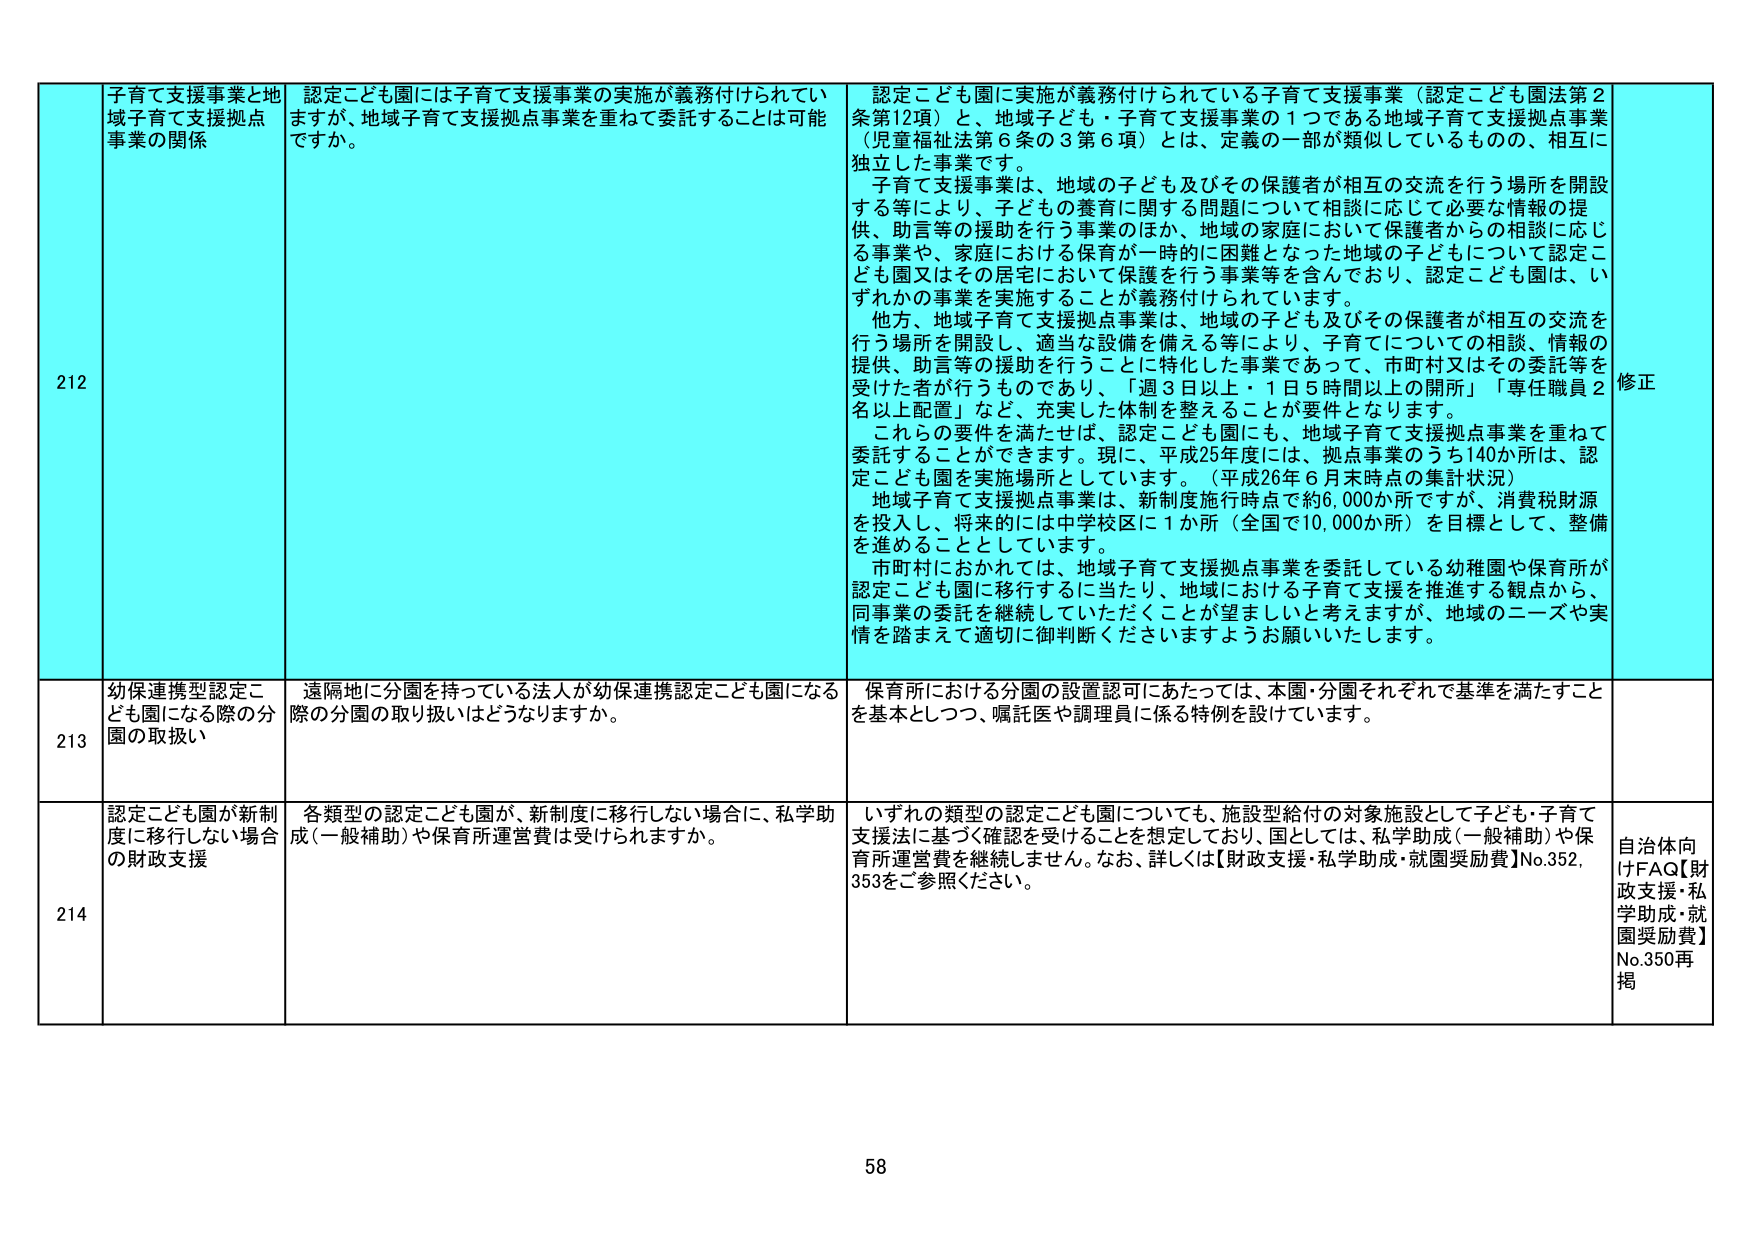
212 子育て支援事業と地域子育て支援拠点事業の関係 認定こども園には子育て支援事業の実施が義務付けられていますが、地域子育て支援拠点事業を重ねて委託することは可能ですか。 認定こども園に実施が義務付けられている子育て支援事業（認定こども園法第2条第12項）と、地域子ども・子育て支援事業の1つである地域子育て支援拠点事業（児童福祉法第6条の3第6項）とは、定義の一部が類似しているものの、相互に独立した事業です。 子育て支援事業は、地域の子ども及びその保護者が相互の交流を行う場所を開設する等により、子どもの養育に関する問題について相談に応じて必要な情報の提供、助言等の援助を行う事業のほか、地域の家庭において保護者からの相談に応じる事業や、家庭における保育が一時的に困難となった地域の子どもについて認定こども園又はその居宅において保護を行う事業等を含んでおり、認定こども園は、いずれかの事業を実施することが義務付けられています。 他方、地域子育て支援拠点事業は、地域の子ども及びその保護者が相互の交流を行う場所を開設し、適当な設備を備える等により、子育てについての相談、情報の提供、助言等の援助を行うことに特化した事業であって、市町村又はその委託等を受けた者が行うものであり、「週3日以上・1日5時間以上の開所」「専任職員2名以上配置」など、充実した体制を整えることが要件となります。 これらの要件を満たせば、認定こども園にも、地域子育て支援拠点事業を重ねて委託することができます。現に、平成25年度には、拠点事業のうち140か所は、認定こども園を実施場所としています。（平成26年6月末時点の集計状況） 地域子育て支援拠点事業は、新制度施行時点で約6,000か所ですが、消費税財源を投入し、将来的には中学校区に1か所（全国で10,000か所）を目標として、整備を進めることとしています。 市町村におかれては、地域子育て支援拠点事業を委託している幼稚園や保育所が認定こども園に移行するに当たり、地域における子育て支援を推進する観点から、同事業の委託を継続していただくことが望ましいと考えますが、地域のニーズや実情を踏まえて適切に御判断くださいますようお願いいたします。 修正 213 幼保連携型認定こども園になる際の分園の取扱い 遠隔地に分園を持っている法人が幼保連携認定こども園になる際の分園の取り扱いはどうなりますか。 保育所における分園の設置認可にあたっては、本園・分園それぞれに基準を満たすことを基本としつつ、嘱託医や調理員に係る特例を設けています。 214 認定こども園が新制度に移行しない場合の財政支援 各類型の認定こども園が、新制度に移行しない場合に、私学助成（一般補助）や保育所運営費は受けられますか。 いずれの類型の認定こども園についても、施設型給付の対象施設として子ども・子育て支援法に基づく確認を受けることを想定しており、国としては、私学助成（一般補助）や保育所運営費を継続しません。なお、詳しくは【財政支援・私学助成・就園奨励費】No.352, 353をご参照ください。 自治体向けFAQ【財政支援・私学助成・就園奨励費】No.350再掲 58